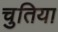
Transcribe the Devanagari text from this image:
चुतिया